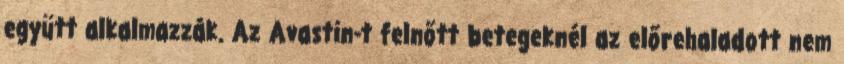
együtt alkalmazzák. Az Avastin-t felnőtt betegeknél az előrehaladott nem